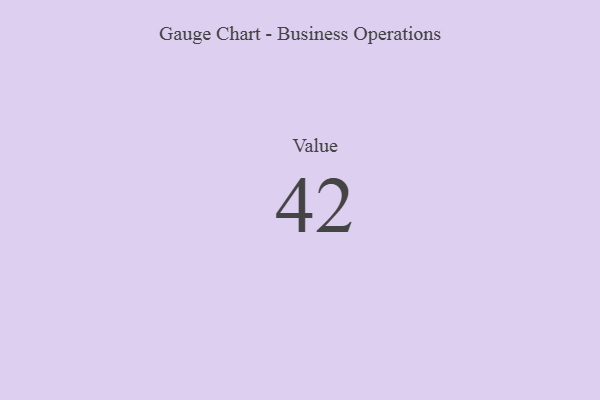
{"axis": {"x": "Metric", "y": "Value"}, "legend": [""], "data": [{"x": "Value", "y": 42, "type": ""}]}